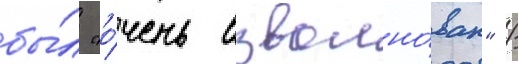
бы́л "о́чень взволно́ван" /